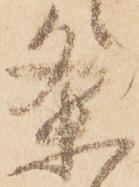
条